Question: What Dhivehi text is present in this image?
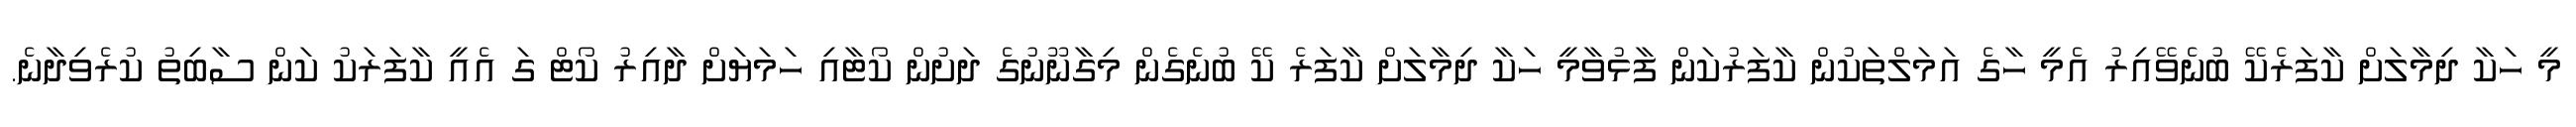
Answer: މީ ހަކާ ދިމާލަށް ކާފަރެކޭ ބުނެވޭއިރު އެމީ ހާގެ އަމަލްތަކުން ކާފަރުކަން ފާޅުވާމީ ހަކާ ދިމާލަށް ކާފަރެ ކޭ ބުނެގެން މިގާނޫނުގެ ދަށުން ކޯޓާއި ހަމަޔަށް ދާއިރު ކޯޓް ގަ އެއީ ކާފަރަކު ކަން ސާބިތު ކުރެވިދާނެ.